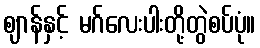
ဈာန်နှင့် မဂ်လေးပါးတို့တွဲစပ်ပုံ။